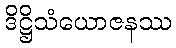
ဒိဋ္ဌိသံယောဇနဿ